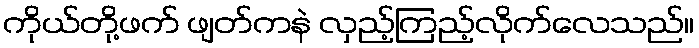
ကိုယ်တို့ဖက် ဖျတ်ကနဲ လှည့်ကြည့်လိုက်လေသည်။